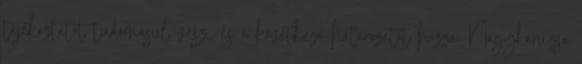
tájékoztatót tudomásul veszi és a következő határozatot hozza: Nagykanizsa